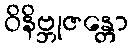
ဝိနိဗ္ဘုဇန္တော